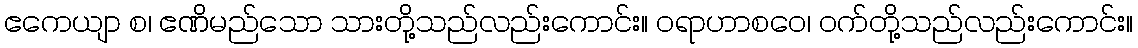
ဧကေယျာ စ၊ ဧဏိမည်သော သားတို့သည်လည်းကောင်း။ ဝရာဟာစဝေ၊ ဝက်တို့သည်လည်းကောင်း။